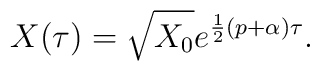
X(\tau )=\sqrt{X_0}e^{\frac 12\left( p+\alpha \right) \tau }.